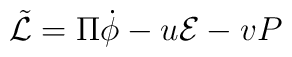
{\tilde{\cal L}} = \Pi \dot{\phi} - u {\cal E} - v{ P}